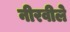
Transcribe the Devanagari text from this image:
नीरवीले